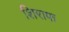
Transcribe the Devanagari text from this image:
शिराफ